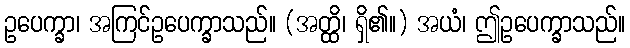
ဥပေက္ခာ၊ အကြင်ဥပေက္ခာသည်။ (အတ္ထိ၊ ရှိ၏။) အယံ၊ ဤဥပေက္ခာသည်။